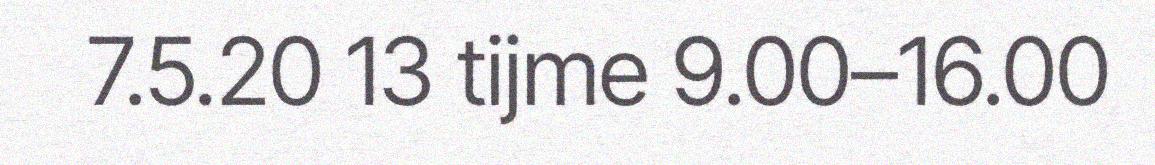
7.5.20 13 tijme 9.00–16.00